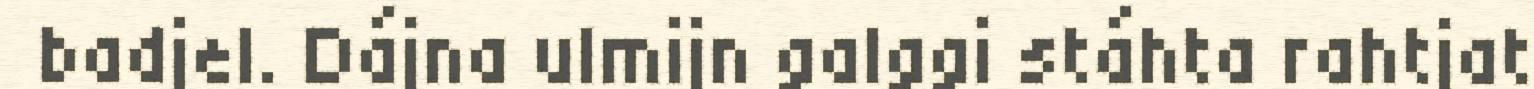
badjel. Dájna ulmijn galggi stáhta rahtjat